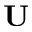
\mathbf { U }